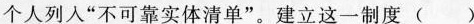
个人列人”不可靠实体清单”。建立这一制度 ( )